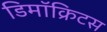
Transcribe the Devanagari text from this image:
डिमॉक्रिटस